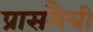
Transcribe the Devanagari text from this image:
प्रासमैत्री